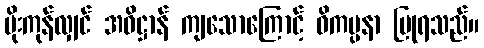
မိုးကုန်လျှင် အဓိဋ္ဌာန် ကျသောကြောင့် ဝိကပ္ပနာ ပြုရသည်။